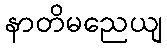
နာတိမညေယျ